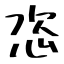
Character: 恣